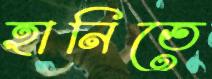
হানিতে